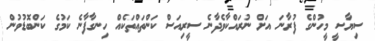
ސިޔާސީ މީހުންގެ ފުރާނަ އަށް ނުރައްކާވެދާނެ ސީރިއަސް ކަންތައްތަކެއް ހިނގާފާނެ ކަމުގެ ކަންބޮޑުވުން